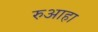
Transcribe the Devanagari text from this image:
रुआहा